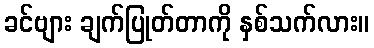
ခင်ဗျား ချက်ပြုတ်တာကို နှစ်သက်လား။